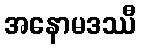
အနောမဒဿီ